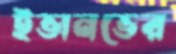
ইভানভের